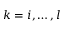
k = i , \dots , l